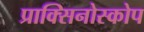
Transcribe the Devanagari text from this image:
प्राक्सिनोस्कोप